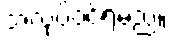
အလုပ်ဝင်ရမည်။